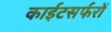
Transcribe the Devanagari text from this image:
काईटसर्फरों